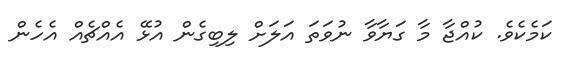
ކަމެކެވެ. ކުއްޖާ މާ ގަޔާވާ ނުވަތަ އަލަށް ލިބިގެން އުޅޭ އެއްޗެއް އެހެން